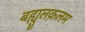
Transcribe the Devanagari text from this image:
बह्युलक़लम